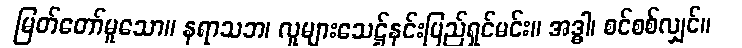
မြတ်တော်မူသော။ နရာသဘ၊ လူများသေဋ္ဌ်နင်းပြည်ရှင်မင်း။ အဒ္ဓါ၊ စင်စစ်လျှင်။